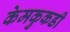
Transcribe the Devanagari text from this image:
केमकुकडी